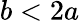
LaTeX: b<2a